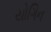
યોગિન